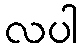
လပါ